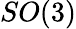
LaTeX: SO(3)